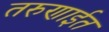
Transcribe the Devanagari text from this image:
तरुणाईत